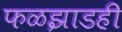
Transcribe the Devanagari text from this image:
फळझाडही